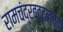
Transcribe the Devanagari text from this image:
रामचंद्रबद्दलच्या